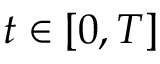
t \in [ 0 , T ]